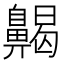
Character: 齃